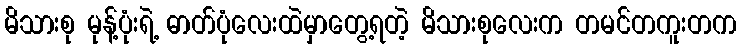
မိသားစု မုန့်ပုံးရဲ့ ဓာတ်ပုံလေးထဲမှာတွေ့ရတဲ့ မိသားစုလေးက တမင်တကူးတက